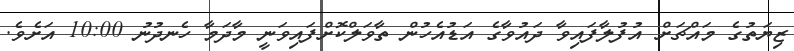
ޒިޔަތުގެ މައްޗަށް އުފުލާފައިވާ ދައުވާގެ އަޑުއެހުން ތާވަލްކޮށްފައިވަނީ މާދަމާ ހެނދުނު 10:00 އަށެވެ.